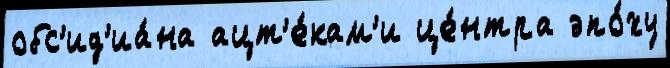
обс'ид'иа́на ацт'е́кам'и це́нтра эпо́ху